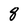
Character: 8